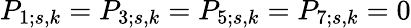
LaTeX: P_{1;s,k}=P_{3;s,k}=P_{5;s,k}=P_{7;s,k}=0